Report of the Bombay Veterinary College
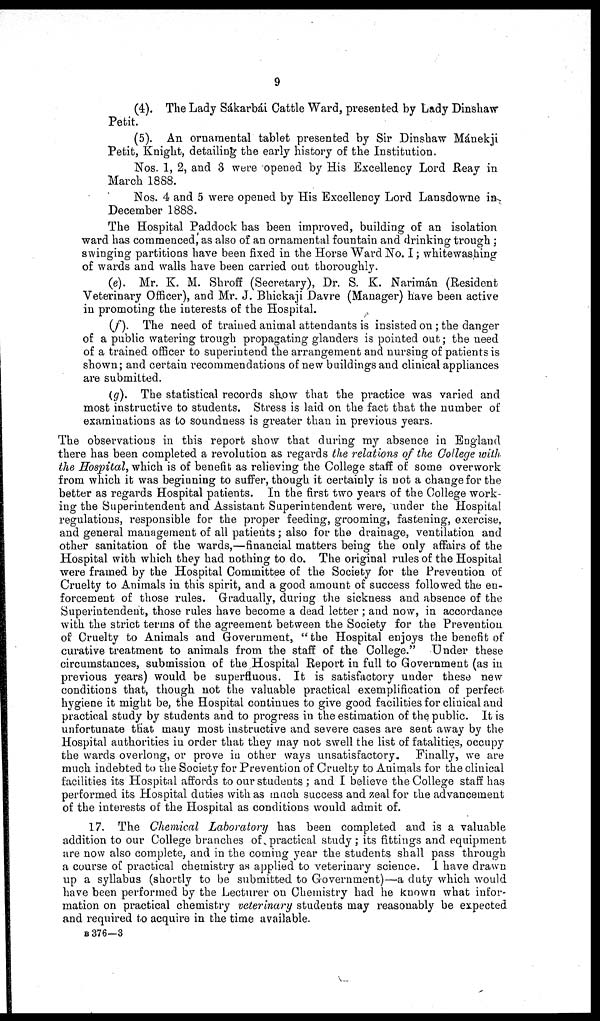
9
(4). The Lady Sákarbái Cattle Ward, presented by Lady Dinshaw
Petit.
(5). An ornamental tablet presented by Sir Dinshaw Mánekji
Petit, Knight, detailing the early history of the Institution.
Nos. 1, 2, and 3 were 'opened by His Excellency Lord Reay in
March 1888.
Nos. 4 and 5 were opened by His Excellency Lord Lansdowne in
December 1888.
The Hospital Paddock has been improved, building of an isolation
ward has commenced, as also of an ornamental fountain and drinking trough ;
swinging partitions have been fixed in the Horse Ward No. I ; whitewashing
of wards and walls have been carried out thoroughly.
(e). Mr. K. M. Shroff (Secretary), Dr. S. K. Narimán (Resident
Veterinary Officer), and Mr. J. Bhickaji Davre (Manager) have been active
in promoting the interests of the Hospital.
(f). The need of trained animal attendants is insisted on ; the danger
of a public watering trough propagating glanders is pointed out ; the need
of a trained officer to superintend the arrangement and nursing of patients is
shown; and certain recommendations of new buildings and clinical appliances
are submitted.
(g). The statistical records show that the practice was varied and
most instructive to students. Stress is laid on the fact that the number of
examinations as to soundness is greater than in previous years.
The observations in this report show that during my absence in England
there has been completed a revolution as regards the relations of the College with
the Hospital, which is of benefit as relieving the College staff of some overwork
from which it was beginning to suffer, though it certainly is not a change for the
better as regards Hospital patients. In the first two years of the College work-
ing the Superintendent and Assistant Superintendent were, under the Hospital
regulations, responsible for the proper feeding, grooming, fastening, exercise,
and general management of all patients ; also for the drainage, ventilation and
other sanitation of the wards,—financial matters being the only affairs of the
Hospital with which they had nothing to do. The original rules of the Hospital
were framed by the Hospital Committee of the Society for the Prevention of
Cruelty to Animals in this spirit, and a good amount of success followed the en-
forcement of those rules. Gradually, during the sickness and absence of the
Superintendent, those rules have become a dead letter ; and now, in accordance
with the strict terms of the agreement between the Society for the Prevention
of Cruelty to Animals and Government, "the Hospital enjoys the benefit of
curative treatment to animals from the staff of the College." Under these
circumstances, submission of the Hospital Report in full to Government (as in
previous years) would be superfluous. It is satisfactory under these new
conditions that, though not the valuable practical exemplification of perfect
hygiene it might be, the Hospital continues to give good facilities for clinical and
practical study by students and to progress in the estimation of the public. It is
unfortunate that many most instructive and severe cases are sent away by the
Hospital authorities in order that they may not swell the list of fatalities, occupy
the wards overlong, or prove in other ways unsatisfactory. Finally, we are
much indebted to the Society for Prevention of Cruelty to Animals for the clinical
facilities its Hospital affords to our students ; and I believe the College staff has
performed its Hospital duties with as much success and zeal for the advancement
of the interests of the Hospital as conditions would admit of.
17. The Chemical Laboratory has been completed and is a valuable
addition to our College branches of practical study; its fittings and equipment
are now also complete, and in the coming year the students shall pass through
a course of practical chemistry as applied to veterinary science. I have drawn
up a syllabus (shortly to be submitted to Government)—a duty which would
have been performed by the Lecturer on Chemistry had he known what infor-
mation on practical chemistry veterinary students may reasonably be expected
and required to acquire in the time available.
B 376—3